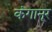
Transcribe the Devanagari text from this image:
कंगानूर